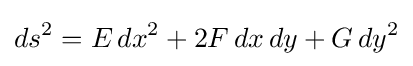
ds^{2}=E\,dx^{2}+2F\,dx\,dy+G\,dy^{2}